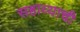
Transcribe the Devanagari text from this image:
सहाय्याची